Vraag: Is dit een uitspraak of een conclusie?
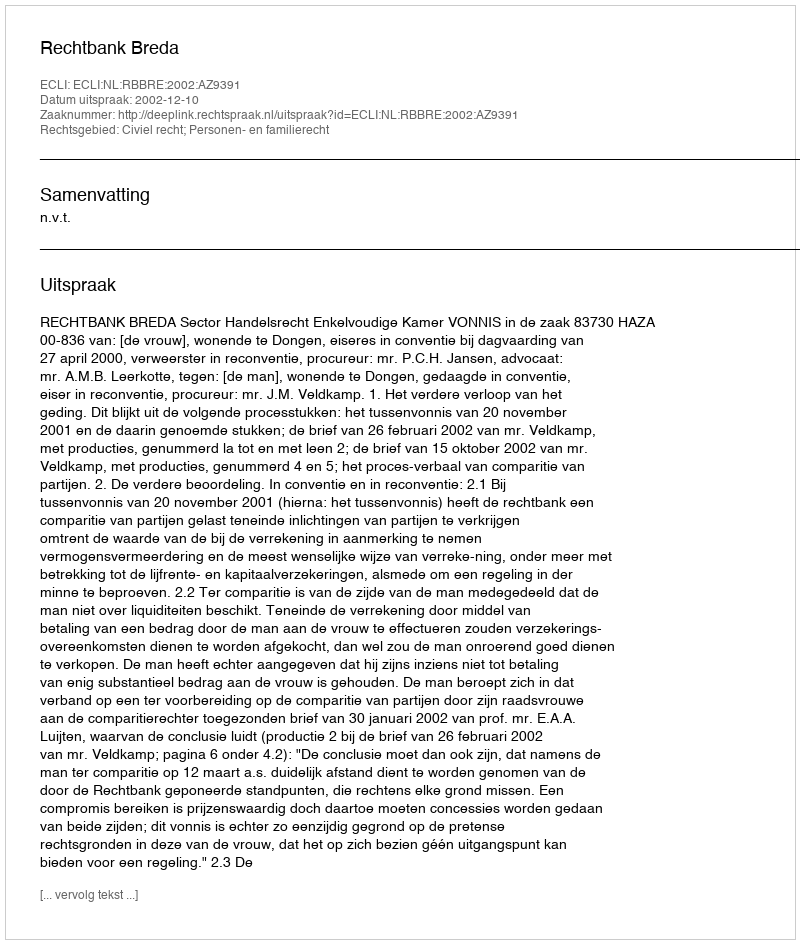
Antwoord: Uitspraak